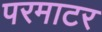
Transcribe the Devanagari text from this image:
परमाटर